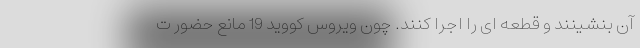
آن بنشینند و قطعه ای را اجرا کنند. چون ویروس کووید 19 مانع حضور ت